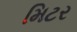
મિટર